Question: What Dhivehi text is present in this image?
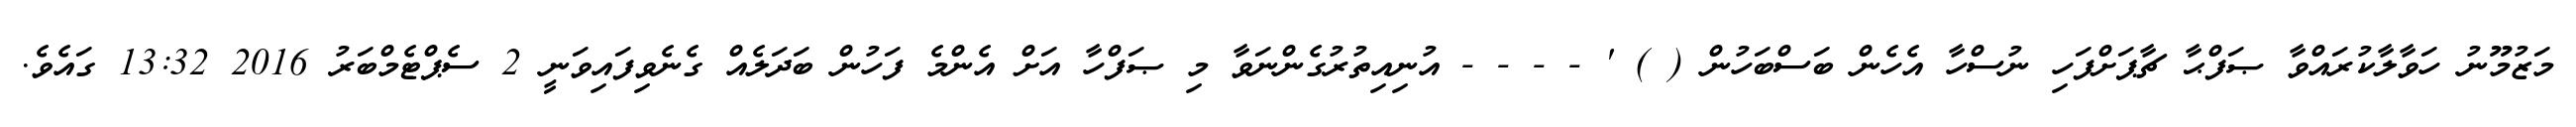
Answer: މަޒުމޫނު ހަވާލާކުރައްވާ ޞަފްޙާ ޗާޕަށްފަހި ނުސްހާ އެހެން ބަސްބަހުން ( ) ' - - - - އުނިއިތުރުގެންނަވާ މި ޞަފްހާ އަށް އެންމެ ފަހުން ބަދަލެއް ގެނެވިފައިވަނީ 2 ސެޕްޓެމްބަރު 2016 13:32 ގައެވެ.